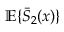
{ \mathbb E } \{ \bar { S } _ { 2 } ( x ) \}